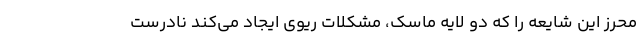
محرز این شایعه را که دو لایه ماسک، مشکلات ریوی ایجاد می‌کند نادرست